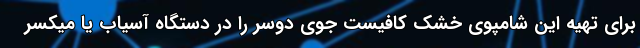
برای تهیه این شامپوی خشک کافیست جوی دوسر را در دستگاه آسیاب یا میکسر